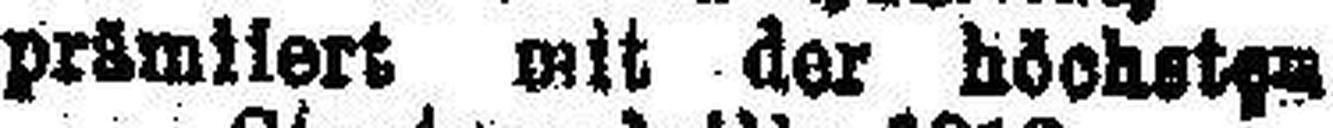
prämiiert mit der höchsten